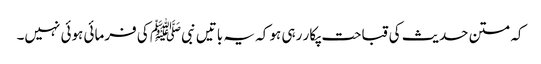
کہ متن حدیث کی قباحت پکار رہی ہو کہ یہ باتیں نبیﷺ کی فرمائی ہوئی نہیں۔